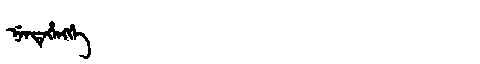
Manchu: ᠨᡝᠨᡩᡝᡥᡝᠩᡤᡝ
Romanization: NENDEHENGGE